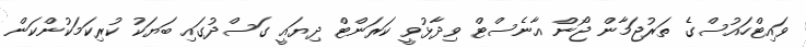
ވައިޓްހައުސްގެ ތަރުޖަމާން ޖޯން އާނެސްޓް ވިދާޅުވީ ކަރަންޓް ދިޔަައީ ގަސްދުގައި ބަޔަކު ކުރިކަމަކުންކަން